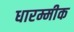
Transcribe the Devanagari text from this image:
धारम्मीक